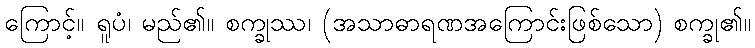
ကြောင့်။ ရူပံ၊ မည်၏။ စက္ခုဿ၊ (အသာဓာရဏအကြောင်းဖြစ်သော) စက္ခု၏။